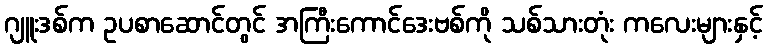
ဂျူးဒစ်က ဥပစာဆောင်တွင် အကြီးကောင်ဒေးဗစ်ကို သစ်သားတုံး ကလေးများနှင့်